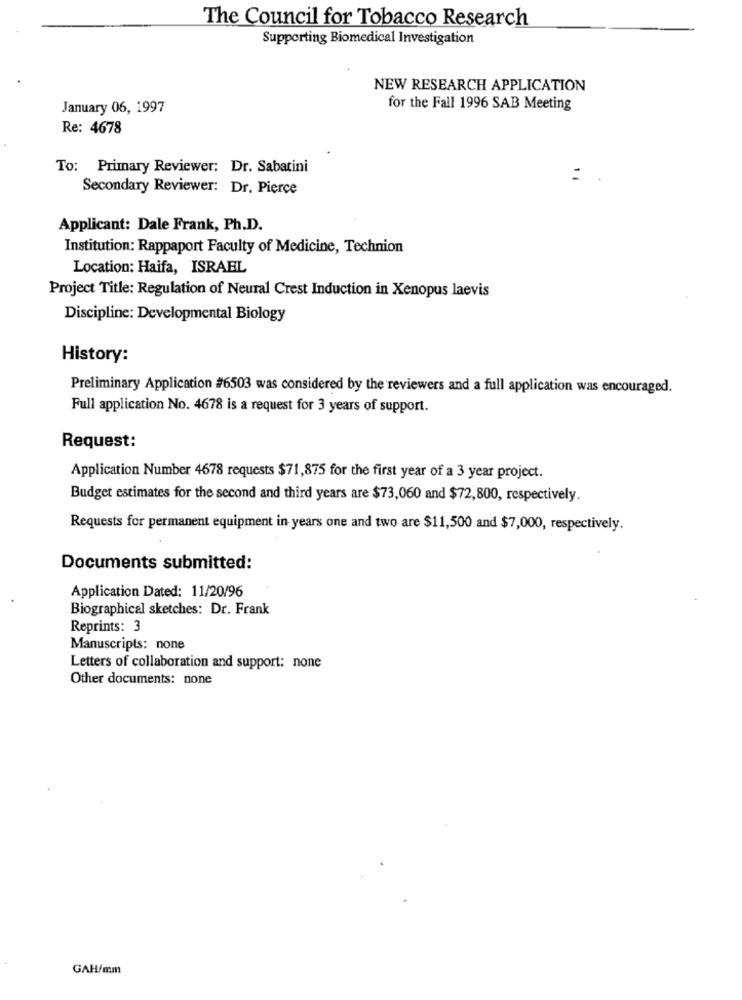
The Council for Tobacco Research
Supporting Biomedical Investigation
NEW RESEARCH APPLICATION
January 06, 1997
for the Fall 1996 SAB Meeting
Re: 4678
To: Primary Reviewer: Dr. Sabatini
Secondary Reviewer: Dr. Pierce
Applicant: Dale Frank, Ph.D.
Institution: Rappaport Faculty of Medicine, Technion
Location: Haifa, ISRAEL
Project Title: Regulation of Neural Crest Induction in Xenopus laevis
Discipline: Developmental Biology
History:
Preliminary Application #6503 was considered by the reviewers and a full application was encouraged.
Full application No. 4678 is a request for 3 years of support.
Request:
Application Number 4678 requests $71,875 for the first year of a 3 year project.
Budget estimates for the second and third years are $73,060 and $72,800, respectively.
Requests for permanent equipment in years one and two are $11,500 and $7,000, respectively.
Documents submitted:
Application Dated: 11/20/96
Biographical sketches: Dr. Frank
Reprints: 3
Manuscripts: none
Letters of collaboration and support: none
Other documents: none
GAH/mm